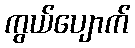
ကွယ်ပျောက်